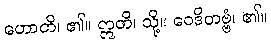
ဟောတိ၊ ၏။ ဣတိ၊ သို့။ ဝေဒိတဗ္ဗံ၊ ၏။